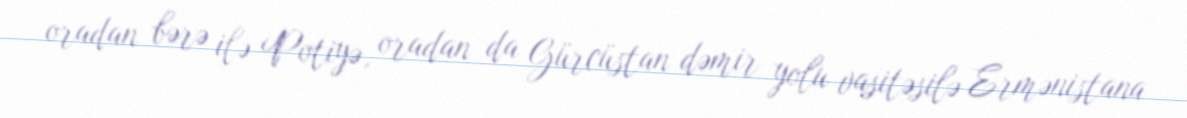
oradan bərə ilə Potiyə, oradan da Gürcüstan dəmir yolu vasitəsilə Ermənistana